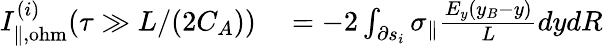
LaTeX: \begin{array}{rl}{I_{\| ,\mathrm{ohm}}^{(i)}(\tau\gg L/(2C_{A}))}&{{}=-2\int_{\partial s_{i}}\sigma_{\| }\frac{E_{y}(y_{B}-y)}{L}dydR}\end{array}